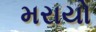
મરાયો